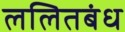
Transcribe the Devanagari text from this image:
ललितबंध